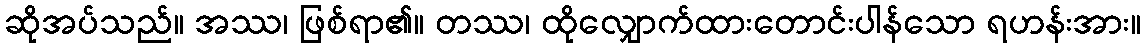
ဆိုအပ်သည်။ အဿ၊ ဖြစ်ရာ၏။ တဿ၊ ထိုလျှောက်ထားတောင်းပါန်သော ရဟန်းအား။